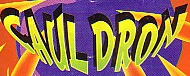
CAUL DRON